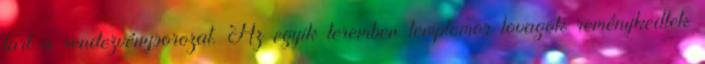
tart a rendezvénysorozat. Az egyik teremben templomos lovagok reménykedtek